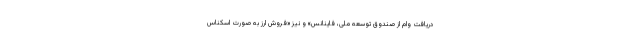
دریافت وام از صندوق توسعه ملی، فاینانس» و نیز «فروش ارز به صورت اسکناس